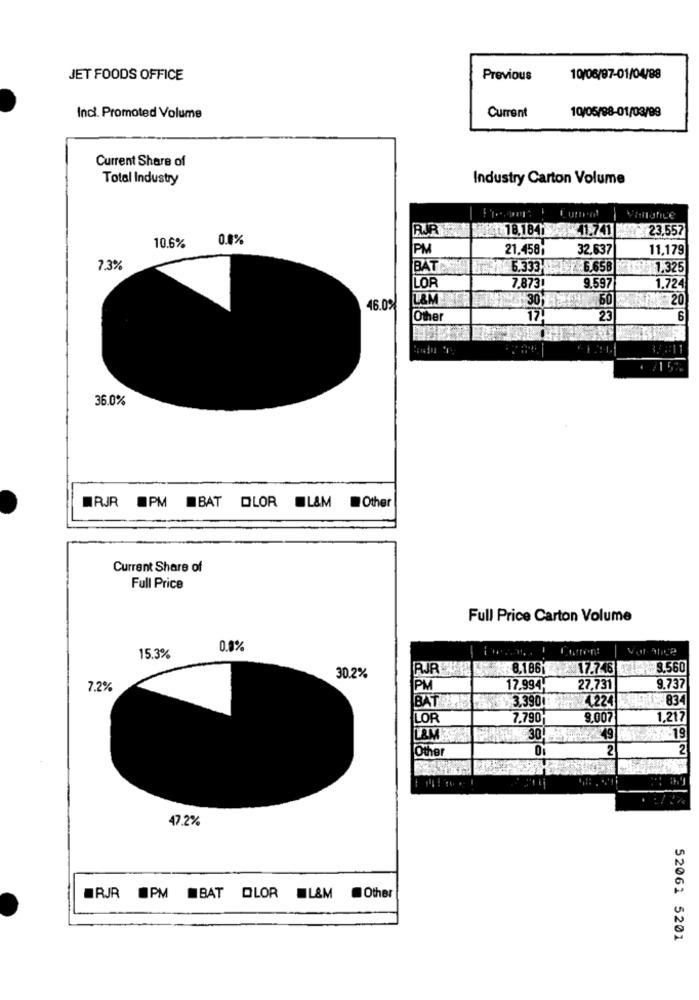
JET FOODS OFFICE
Previous
10/06/97-01/04/88
Current
10/05/88-01/03/99
Incl. Promoted Volume
Current Share of
Total Industry
Industry Carton Volume
RJR
18,1841 7-11.741
23,557
10.6%
0.0%
PM
21.458;
32.637
11,179
7.3%
BAT
5.333-
76.65B
1,325
LOR
7.873
9.597
1,724
L&M
60
20
46.0%
Other
17.
23
6
15%
36.0%
RJR PM BAT OLOR L&M Other
Current Share of
Full Price
Full Price Carton Volume
15.3%
0.9%
Euren:
RJR WH
8.186
17.746 9.560
30.2%
7.2%
PM
17.994-
27.731
9.737
BAT
$ 3,3901
4,224
834
LOR
7.790
8.007
1.217
.19
LAM
30!
Other
0
2
2
47.2%
@RJR OPM BAT OLOR L&M Other
52061 5201